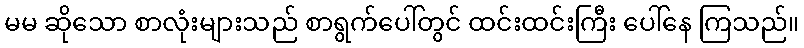
မမ ဆိုသော စာလုံးများသည် စာရွက်ပေါ်တွင် ထင်းထင်းကြီး ပေါ်နေ ကြသည်။